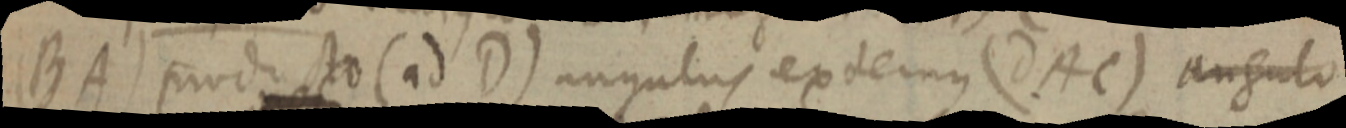
(BA) producto (ad D) angulus extermus (dAC) angulo